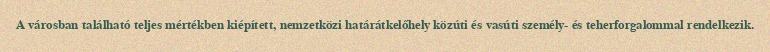
A városban található teljes mértékben kiépített, nemzetközi határátkelőhely közúti és vasúti személy- és teherforgalommal rendelkezik.